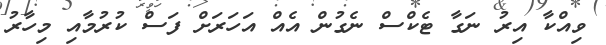
ވިއްކާ އިރު ނަގާ ޓެކްސް ނެގުން އެއް އަހަރަށް ފަސް ކުރުމާއި މިހާރު